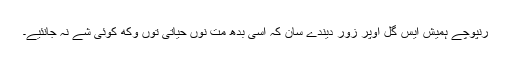
رنپوچے ہمیش ایس گل اوپر زور دیندے سان کہ اسی بدھ مت نوں حیاتی توں وکھ کوئی شے نہ جانئیے۔